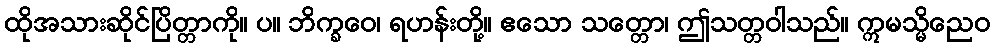
ထိုအသားဆိုင်ပြိတ္တာကို။ ပ။ ဘိက္ခဝေ၊ ရဟန်းတို့။ ဧသော သတ္တော၊ ဤသတ္တဝါသည်။ ဣမသ္မိညေဝ